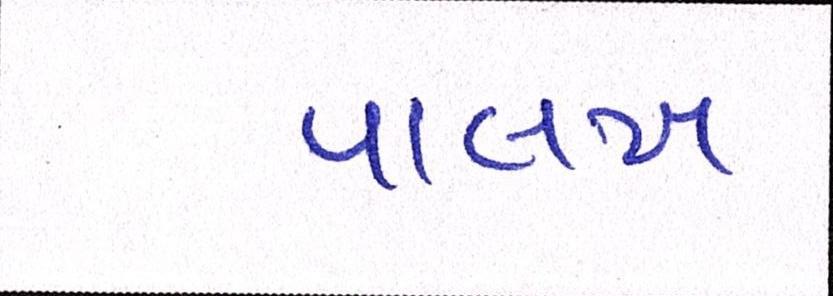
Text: પાલખ